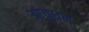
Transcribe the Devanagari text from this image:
आयुधन